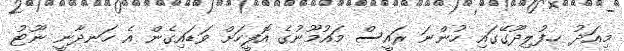
މިއަދު ހ.ފުލިދޫގޭގައި ހުންނަ ރައީސް މައުމޫނުގެ އޮފީހަށް ވަޑައިގެން އެ ހަނދާނީ ނޫޓު